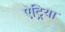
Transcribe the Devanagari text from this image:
ऐट्रिया